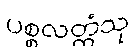
ပစ္စလတ္ထံသု